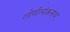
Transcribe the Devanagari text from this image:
लोणीव्यंकनाथ